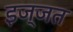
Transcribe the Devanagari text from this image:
इज्‍जत